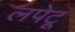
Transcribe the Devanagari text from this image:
लपेटू